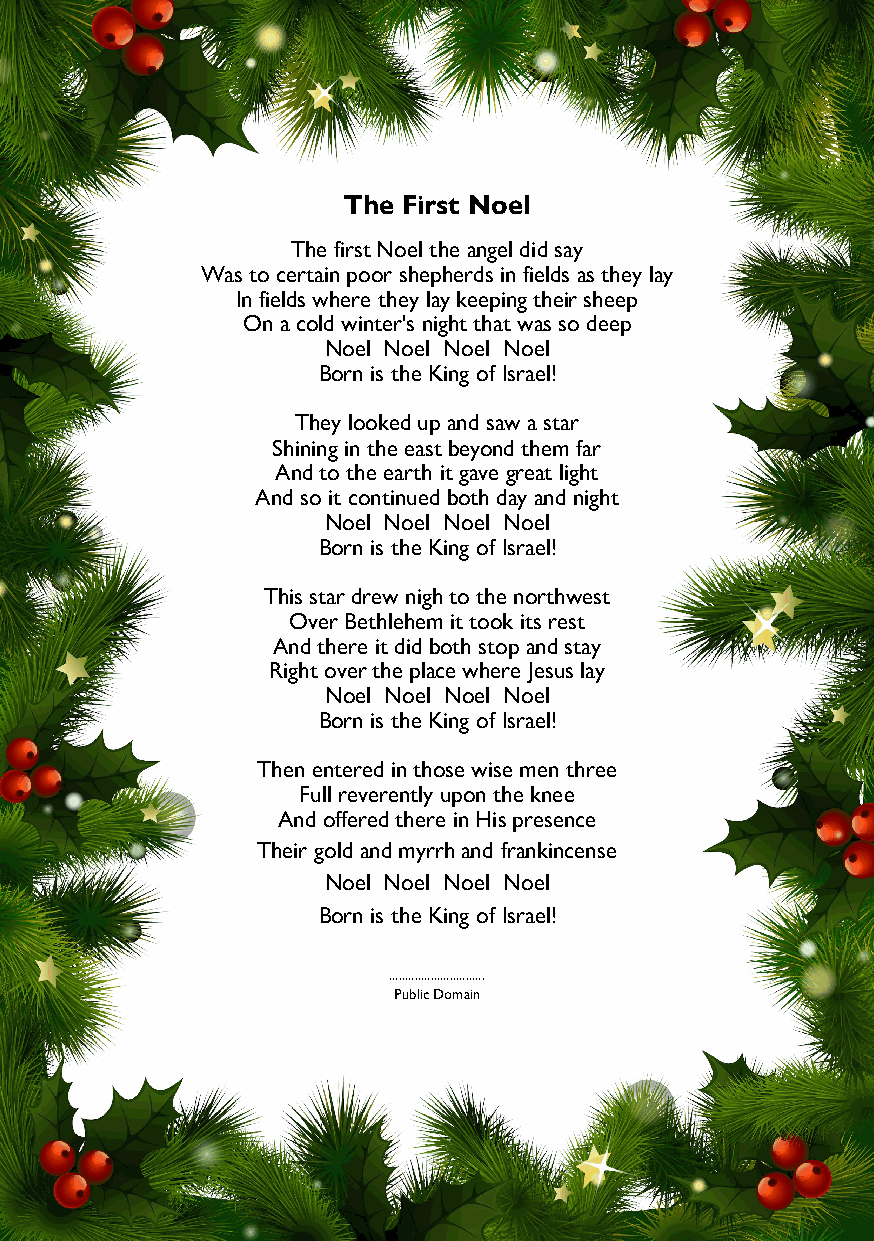
The First Noel
 The first Noel the angel did say
 Was to certain poor shepherds in fields as they lay
 In fields where they lay keeping their sheep
 On a cold winter's night that was so deep
 Noel Noel Noel Noel
 Born is the King of Israel!
 They looked up and saw a star
 Shining in the east beyond them far
 And to the earth it gave great light
 And so it continued both day and night
 Noel Noel Noel Noel
 Born is the King of Israel!
 This star drew nigh to the northwest
 Over Bethlehem it took its rest
 And there it did both stop and stay
 Right over the place where Jesus lay
 Noel Noel Noel Noel
 Born is the King of Israel!
 Then entered in those wise men three
 Full reverently upon the knee
 And offered there in His presence
 Their gold and myrrh and frankincense
 Noel Noel Noel Noel
 Born is the King of Israel!
 ..............................
 Public Domain
 6